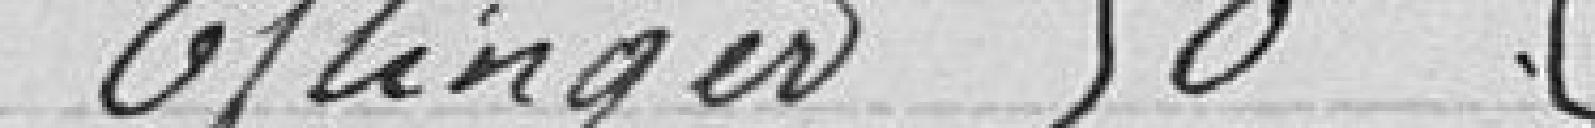
Eflinger 50